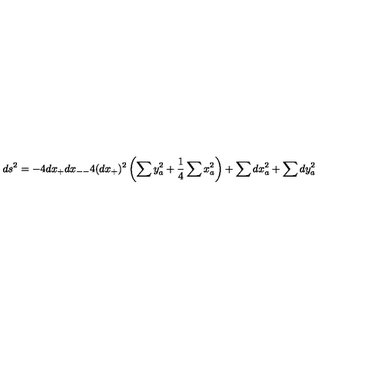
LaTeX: d s ^ { 2 } = - 4 d x _ { + } d x _ { -- } 4 ( d x _ { + } ) ^ { 2 } \left( \sum y _ { a } ^ { 2 } + { \frac { 1 } { 4 } } \sum x _ { a } ^ { 2 } \right) + \sum d x _ { a } ^ { 2 } + \sum d y _ { a } ^ { 2 }